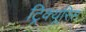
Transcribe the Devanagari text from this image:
ट्रिक्यूरिस